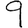
Digit: 9